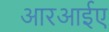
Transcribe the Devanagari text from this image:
आरआईए